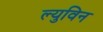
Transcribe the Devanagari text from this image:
ल्युविन